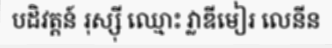
បដិវត្តន៍ រុស្ស៊ី ឈ្មោះ វ្លាឌីមៀរ លេនីន